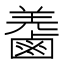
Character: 𪉬